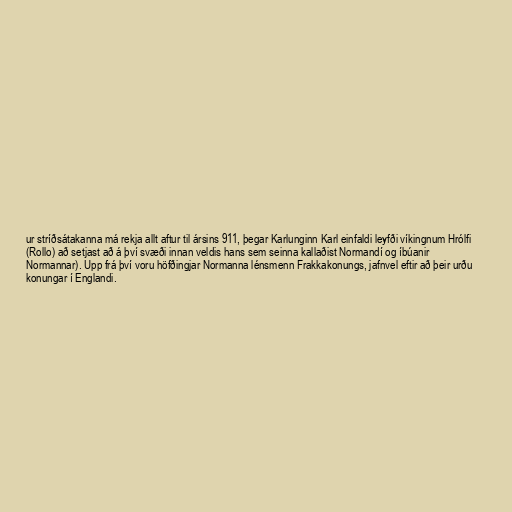
ur stríðsátakanna má rekja allt aftur til ársins 911, þegar Karlunginn Karl einfaldi leyfði víkingnum Hrólfi
(Rollo) að setjast að á því svæði innan veldis hans sem seinna kallaðist Normandí og íbúanir
Normannar). Upp frá því voru höfðingjar Normanna lénsmenn Frakkakonungs, jafnvel eftir að þeir urðu
konungar í Englandi.